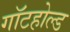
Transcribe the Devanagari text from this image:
गॉटहोल्ड